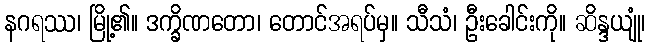
နဂရဿ၊ မြို့၏။ ဒက္ခိဏတော၊ တောင်အရပ်မှ။ သီသံ၊ ဦးခေါင်းကို။ ဆိန္ဒယျုံ၊